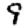
Digit: 9